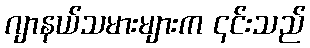
ဂျာနယ်သမားများက ၎င်းသည်